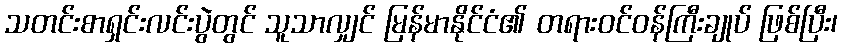
သတင်းစာရှင်းလင်းပွဲတွင် သူသာလျှင် မြန်မာနိုင်ငံ၏ တရားဝင်ဝန်ကြီးချုပ် ဖြစ်ပြီး၊